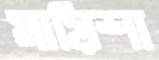
মায়িশা